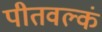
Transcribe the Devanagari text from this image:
पीतवल्कं